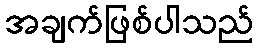
အချက်ဖြစ်ပါသည်